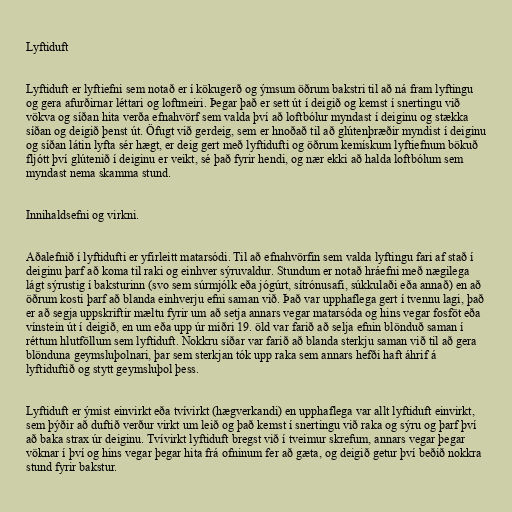
Lyftiduft

Lyftiduft er lyftiefni sem notað er í kökugerð og ýmsum öðrum bakstri til að ná fram lyftingu
og gera afurðirnar léttari og loftmeiri. Þegar það er sett út í deigið og kemst í snertingu við
vökva og síðan hita verða efnahvörf sem valda því að loftbólur myndast í deiginu og stækka
síðan og deigið þenst út. Öfugt við gerdeig, sem er hnoðað til að glútenþræðir myndist í deiginu
og síðan látin lyfta sér hægt, er deig gert með lyftidufti og öðrum kemískum lyftiefnum bökuð
fljótt því glútenið í deiginu er veikt, sé það fyrir hendi, og nær ekki að halda loftbólum sem
myndast nema skamma stund.

Innihaldsefni og virkni.

Aðalefnið í lyftidufti er yfirleitt matarsódi. Til að efnahvörfin sem valda lyftingu fari af stað í
deiginu þarf að koma til raki og einhver sýruvaldur. Stundum er notað hráefni með nægilega
lágt sýrustig í baksturinn (svo sem súrmjólk eða jógúrt, sítrónusafi, súkkulaði eða annað) en að
öðrum kosti þarf að blanda einhverju efni saman við. Það var upphaflega gert í tvennu lagi, það
er að segja uppskriftir mæltu fyrir um að setja annars vegar matarsóda og hins vegar fosföt eða
vínstein út í deigið, en um eða upp úr miðri 19. öld var farið að selja efnin blönduð saman í
réttum hlutföllum sem lyftiduft. Nokkru síðar var farið að blanda sterkju saman við til að gera
blönduna geymsluþolnari, þar sem sterkjan tók upp raka sem annars hefði haft áhrif á
lyftiduftið og stytt geymsluþol þess.

Lyftiduft er ýmist einvirkt eða tvívirkt (hægverkandi) en upphaflega var allt lyftiduft einvirkt,
sem þýðir að duftið verður virkt um leið og það kemst í snertingu við raka og sýru og þarf því
að baka strax úr deiginu. Tvívirkt lyftiduft bregst við í tveimur skrefum, annars vegar þegar
vöknar í því og hins vegar þegar hita frá ofninum fer að gæta, og deigið getur því beðið nokkra
stund fyrir bakstur.